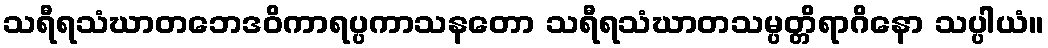
သရီရသံဃာတဘေဒဝိကာရပ္ပကာသနတော သရီရသံဃာတသမ္ပတ္တိရာဂိနော သပ္ပါယံ။